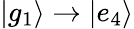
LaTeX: |g_{1}\rangle\to|e_{4}\rangle